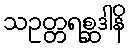
သဥတ္တရစ္ဆဒါနိ